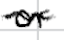
Text: or
Cross-out: wave
Writing tool: digital_black